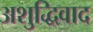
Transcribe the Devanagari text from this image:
अशुद्धिवाद